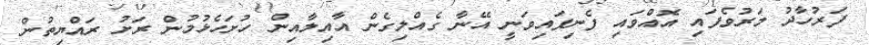
ފަރުހާދު މަރުވެފައި އޮއްވައި ފެނިފައިވަނީ އޭނާ ގެއްލިގެން އާއިލާއިން ހުށަހެޅުމުން ރަށު ރައްޔިތުން